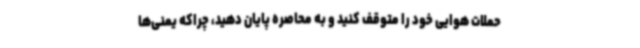
حملات هوایی خود را متوقف کنید و به محاصره پایان دهید، چراکه یمنی‌ها